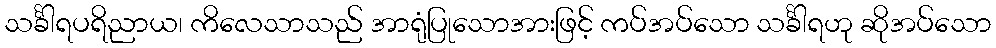
သင်္ခါရပရိညာယ၊ ကိလေသာသည် အာရုံပြုသောအားဖြင့် ကပ်အပ်သော သင်္ခါရဟု ဆိုအပ်သော